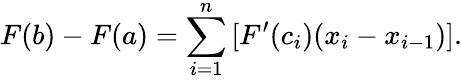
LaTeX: F(b)-F(a)=\sum_{i=1}^{n}\, [F^{\prime}(c_{i})(x_{i}-x_{i-1})].